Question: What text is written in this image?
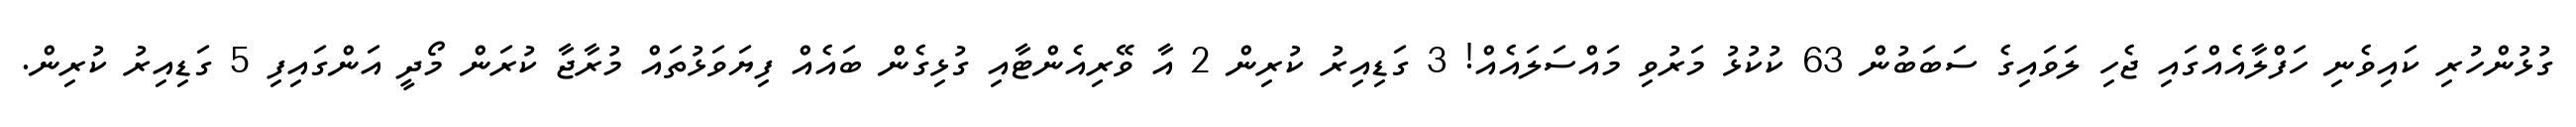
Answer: ގުޅުންހުރި ކައިވެނި ހަފްލާއެއްގައި ޖެހި ލަވައިގެ ސަބަބުން 63 ކުކުޅު މަރުވި މައްސަލައެއް! 3 ގަޑިއިރު ކުރިން 2 އާ ވޭރިއެންޓާއި ގުޅިގެން ބައެއް ފިޔަވަޅުތައް މުރާޖާ ކުރަން މޯދީ އަންގައިފި 5 ގަޑިއިރު ކުރިން.